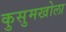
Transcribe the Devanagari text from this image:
कुसुमखोला